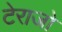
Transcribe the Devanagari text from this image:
टेराजो